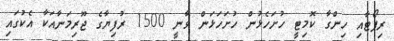
ރިޕޯޓާއި ހިންގާ ކޮމިޓީ ހުށަހެޅުން ހުށަހަޅަން ވާނީ 1500 ރުފިޔާގެ ޖޫރިމަނާއަކާ އެކުގައި